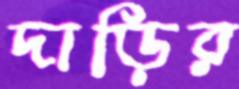
দাড়ির